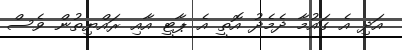
އަދި އެ ގައުމާ ދެމެދު އޮތީ އެ ޕާޓީ އާއި ރައްޔިތުން ވެސް